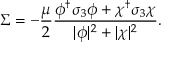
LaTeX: \Sigma = - { \frac { \mu } { 2 } } { \frac { \phi ^ { \dagger } \sigma _ { 3 } \phi + \chi ^ { \dagger } \sigma _ { 3 } \chi } { | \phi | ^ { 2 } + | \chi | ^ { 2 } } } .